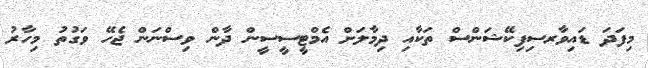
މިފަދަ ޑައިވާރސިފިކޭޝަންސް ތަކާއި ދިމާލަށް އެމްޓީސީސީން ދާން ވިސްނަން ޖެހޭ ވަގުތު މިހާރު